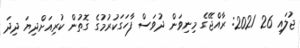
ޖުލައި 26 2021: ރާއްޖޭގެ މިނިވަން ދުވަސް ފާހަގަކުރުމުގެ ގޮތުން ކުރިއަށްދިޔަ ދިދަ